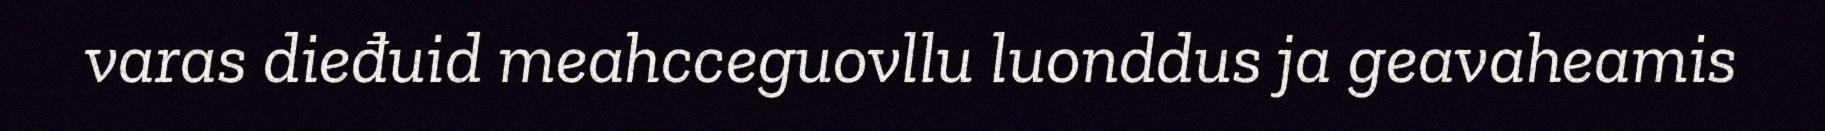
varas dieđuid meahcceguovllu luonddus ja geavaheamis